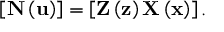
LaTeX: \left[ \mathbf { N } \left( \mathbf { u } \right) \right] = \left[ \mathbf { Z } \left( \mathbf { z } \right) \mathbf { X } \left( \mathbf { x } \right) \right] .